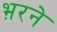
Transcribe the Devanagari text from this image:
भ़रने